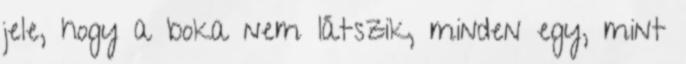
jele, hogy a boka nem látszik, minden egy, mint